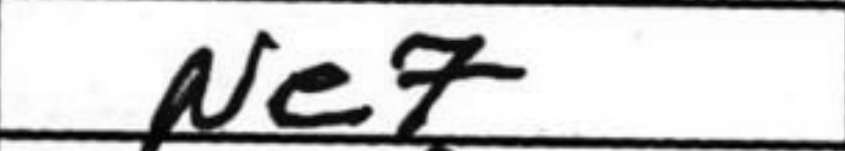
Transcription: Ne7